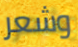
وشعر